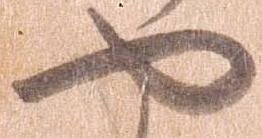
や